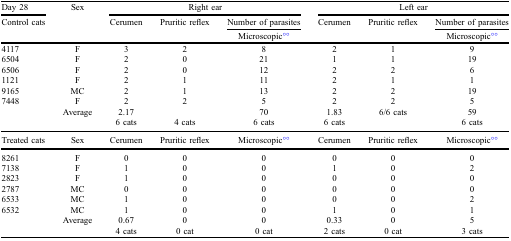
<table><thead><tr><td><b>Day 28</b></td><td><b>Sex</b></td><td colspan="3"><b>Right ear</b></td><td colspan="3"><b>Left ear</b></td></tr><tr><td><b>Control cats</b></td><td></td><td><b>Cerumen</b></td><td><b>Pruritic reflex</b></td><td><b>Number of parasites</b></td><td><b>Cerumen</b></td><td><b>Pruritic reflex</b></td><td><b>Number of parasites</b></td></tr><tr><td></td><td></td><td></td><td></td><td><b>Microscopic°°</b></td><td></td><td></td><td><b>Microscopic°°</b></td></tr></thead><tbody><tr><td>4117</td><td>F</td><td>3</td><td>2</td><td>8</td><td>2</td><td>1</td><td>9</td></tr><tr><td>6504</td><td>F</td><td>2</td><td>0</td><td>21</td><td>1</td><td>1</td><td>19</td></tr><tr><td>6506</td><td>F</td><td>2</td><td>0</td><td>12</td><td>2</td><td>2</td><td>6</td></tr><tr><td>1121</td><td>F</td><td>2</td><td>1</td><td>11</td><td>2</td><td>1</td><td>1</td></tr><tr><td>9165</td><td>MC</td><td>2</td><td>1</td><td>13</td><td>2</td><td>2</td><td>19</td></tr><tr><td>7448</td><td>F</td><td>2</td><td>2</td><td>5</td><td>2</td><td>2</td><td>5</td></tr><tr><td></td><td>Average</td><td>2.17</td><td></td><td>70</td><td>1.83</td><td>6/6 cats</td><td>59</td></tr><tr><td></td><td></td><td>6 cats</td><td>4 cats</td><td>6 cats</td><td>6 cats</td><td></td><td>6 cats</td></tr><tr><td>Treated cats</td><td>Sex</td><td>Cerumen</td><td>Pruritic reflex</td><td>Microscopic°°</td><td>Cerumen</td><td>Pruritic reflex</td><td>Microscopic°°</td></tr><tr><td>8261</td><td>F</td><td>0</td><td>0</td><td>0</td><td>0</td><td>0</td><td>0</td></tr><tr><td>7138</td><td>F</td><td>1</td><td>0</td><td>0</td><td>1</td><td>0</td><td>2</td></tr><tr><td>2823</td><td>F</td><td>1</td><td>0</td><td>0</td><td>0</td><td>0</td><td>0</td></tr><tr><td>2787</td><td>MC</td><td>0</td><td>0</td><td>0</td><td>0</td><td>0</td><td>0</td></tr><tr><td>6533</td><td>MC</td><td>1</td><td>0</td><td>0</td><td>0</td><td>0</td><td>2</td></tr><tr><td>6532</td><td>MC</td><td>1</td><td>0</td><td>0</td><td>1</td><td>0</td><td>1</td></tr><tr><td></td><td>Average</td><td>0.67</td><td>0</td><td>0</td><td>0.33</td><td>0</td><td>5</td></tr><tr><td></td><td></td><td>4 cats</td><td>0 cat</td><td>0 cat</td><td>2 cats</td><td>0 cat</td><td>3 cats</td></tr></tbody></table>